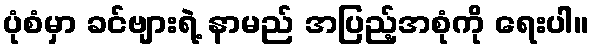
ပုံစံမှာ ခင်ဗျားရဲ့ နာမည် အပြည့်အစုံကို ရေးပါ။